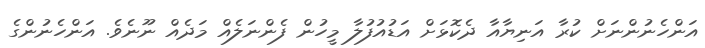
އަންހެނުންނަށް ކުރާ އަނިޔާއާ ދެކޮޅަށް އަޑުއުފުލާ މީހުން ފެންނަލެއް މަދެއް ނޫނެވެ. އަންހެނުންގެ